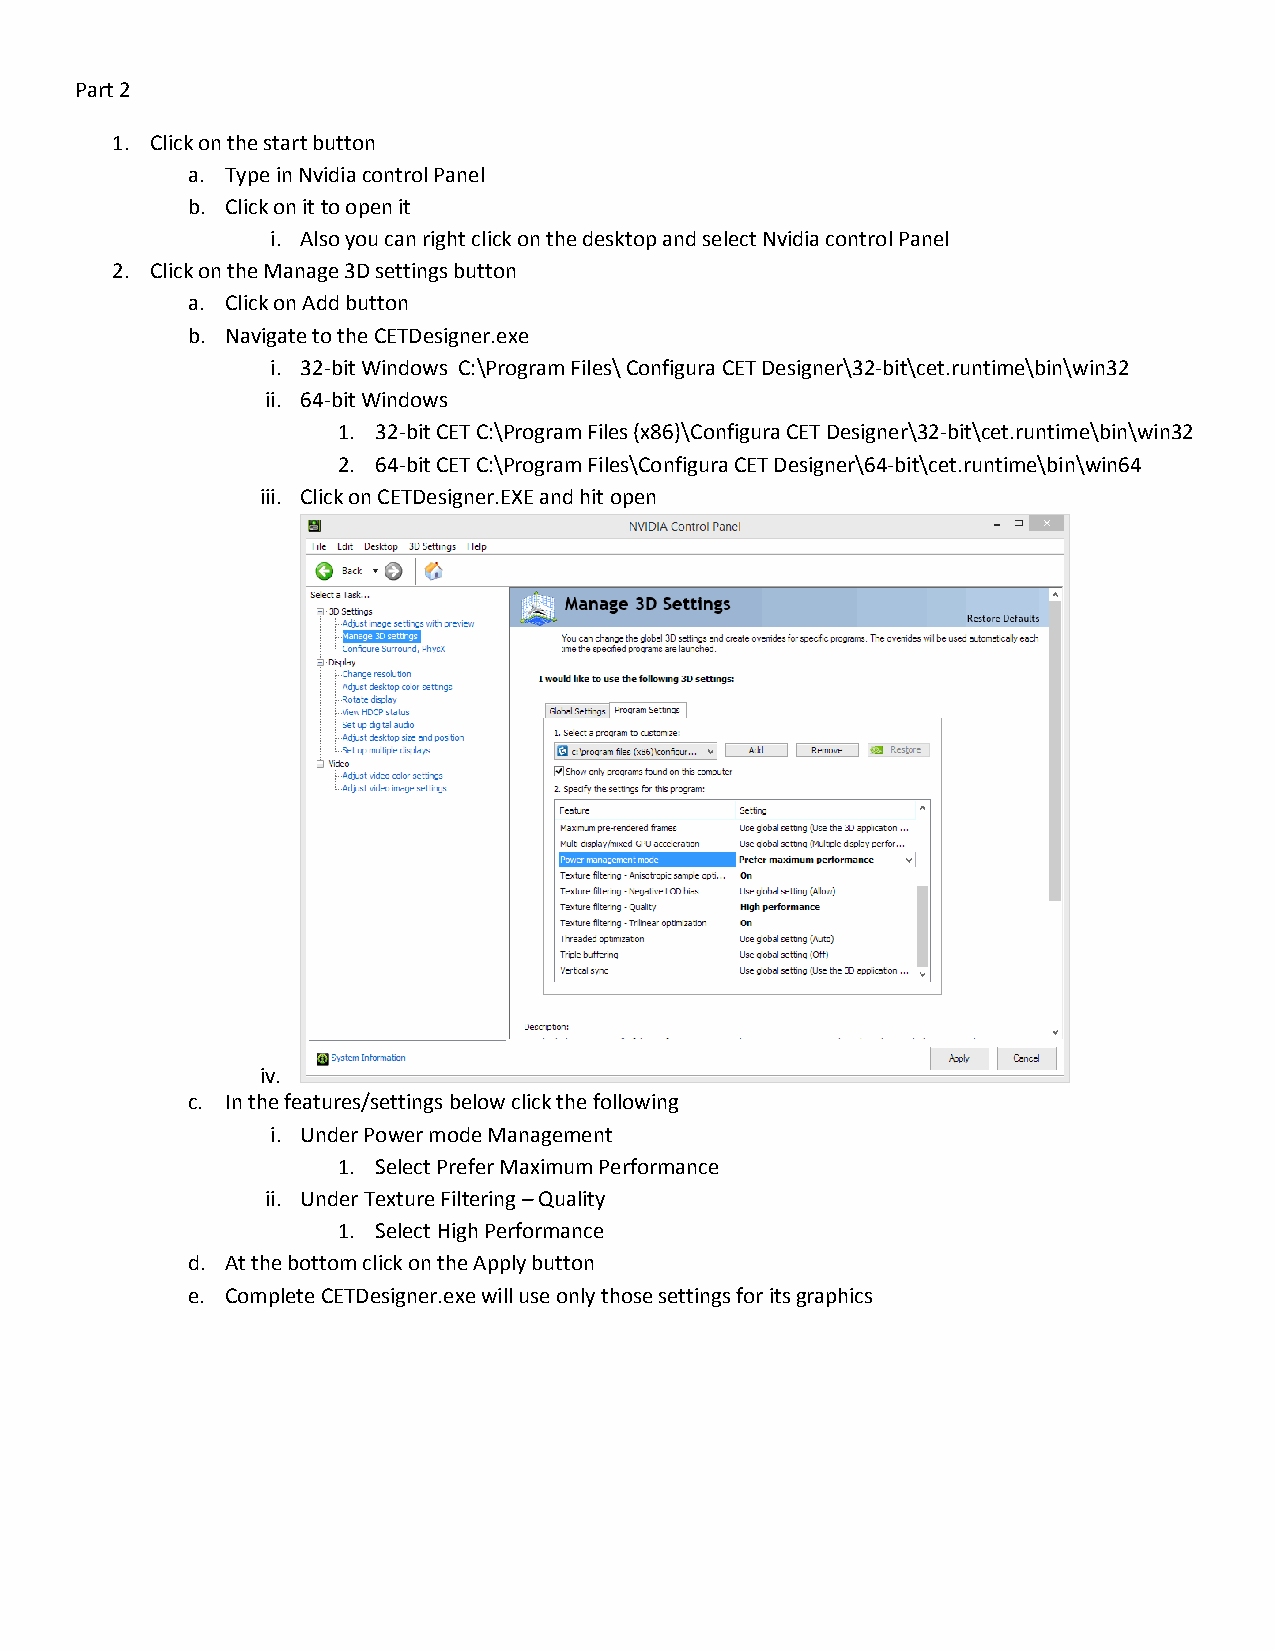
Part 2
 1. Click on the start button
 a. Type in Nvidia control Panel
 b. Click on it to open it
 i. Also you can right click on the desktop and select Nvidia control Panel
 2. Click on the Manage 3D settings button
 a. Click on Add button
 b. Navigate to the CETDesigner.exe
 i. 32-bit Windows C:\Program Files\ Configura CET Designer\32-bit\cet.runtime\bin\win32
 ii. 64-bit Windows
 1. 32-bit CET C:\Program Files (x86)\Configura CET Designer\32-bit\cet.runtime\bin\win32
 2. 64-bit CET C:\Program Files\Configura CET Designer\64-bit\cet.runtime\bin\win64
 iii. Click on CETDesigner.EXE and hit open
 iv.
 c. In the features/settings below click the following
 i. Under Power mode Management
 1. Select Prefer Maximum Performance
 ii. Under Texture Filtering – Quality
 1. Select High Performance
 d. At the bottom click on the Apply button
 e. Complete CETDesigner.exe will use only those settings for its graphics